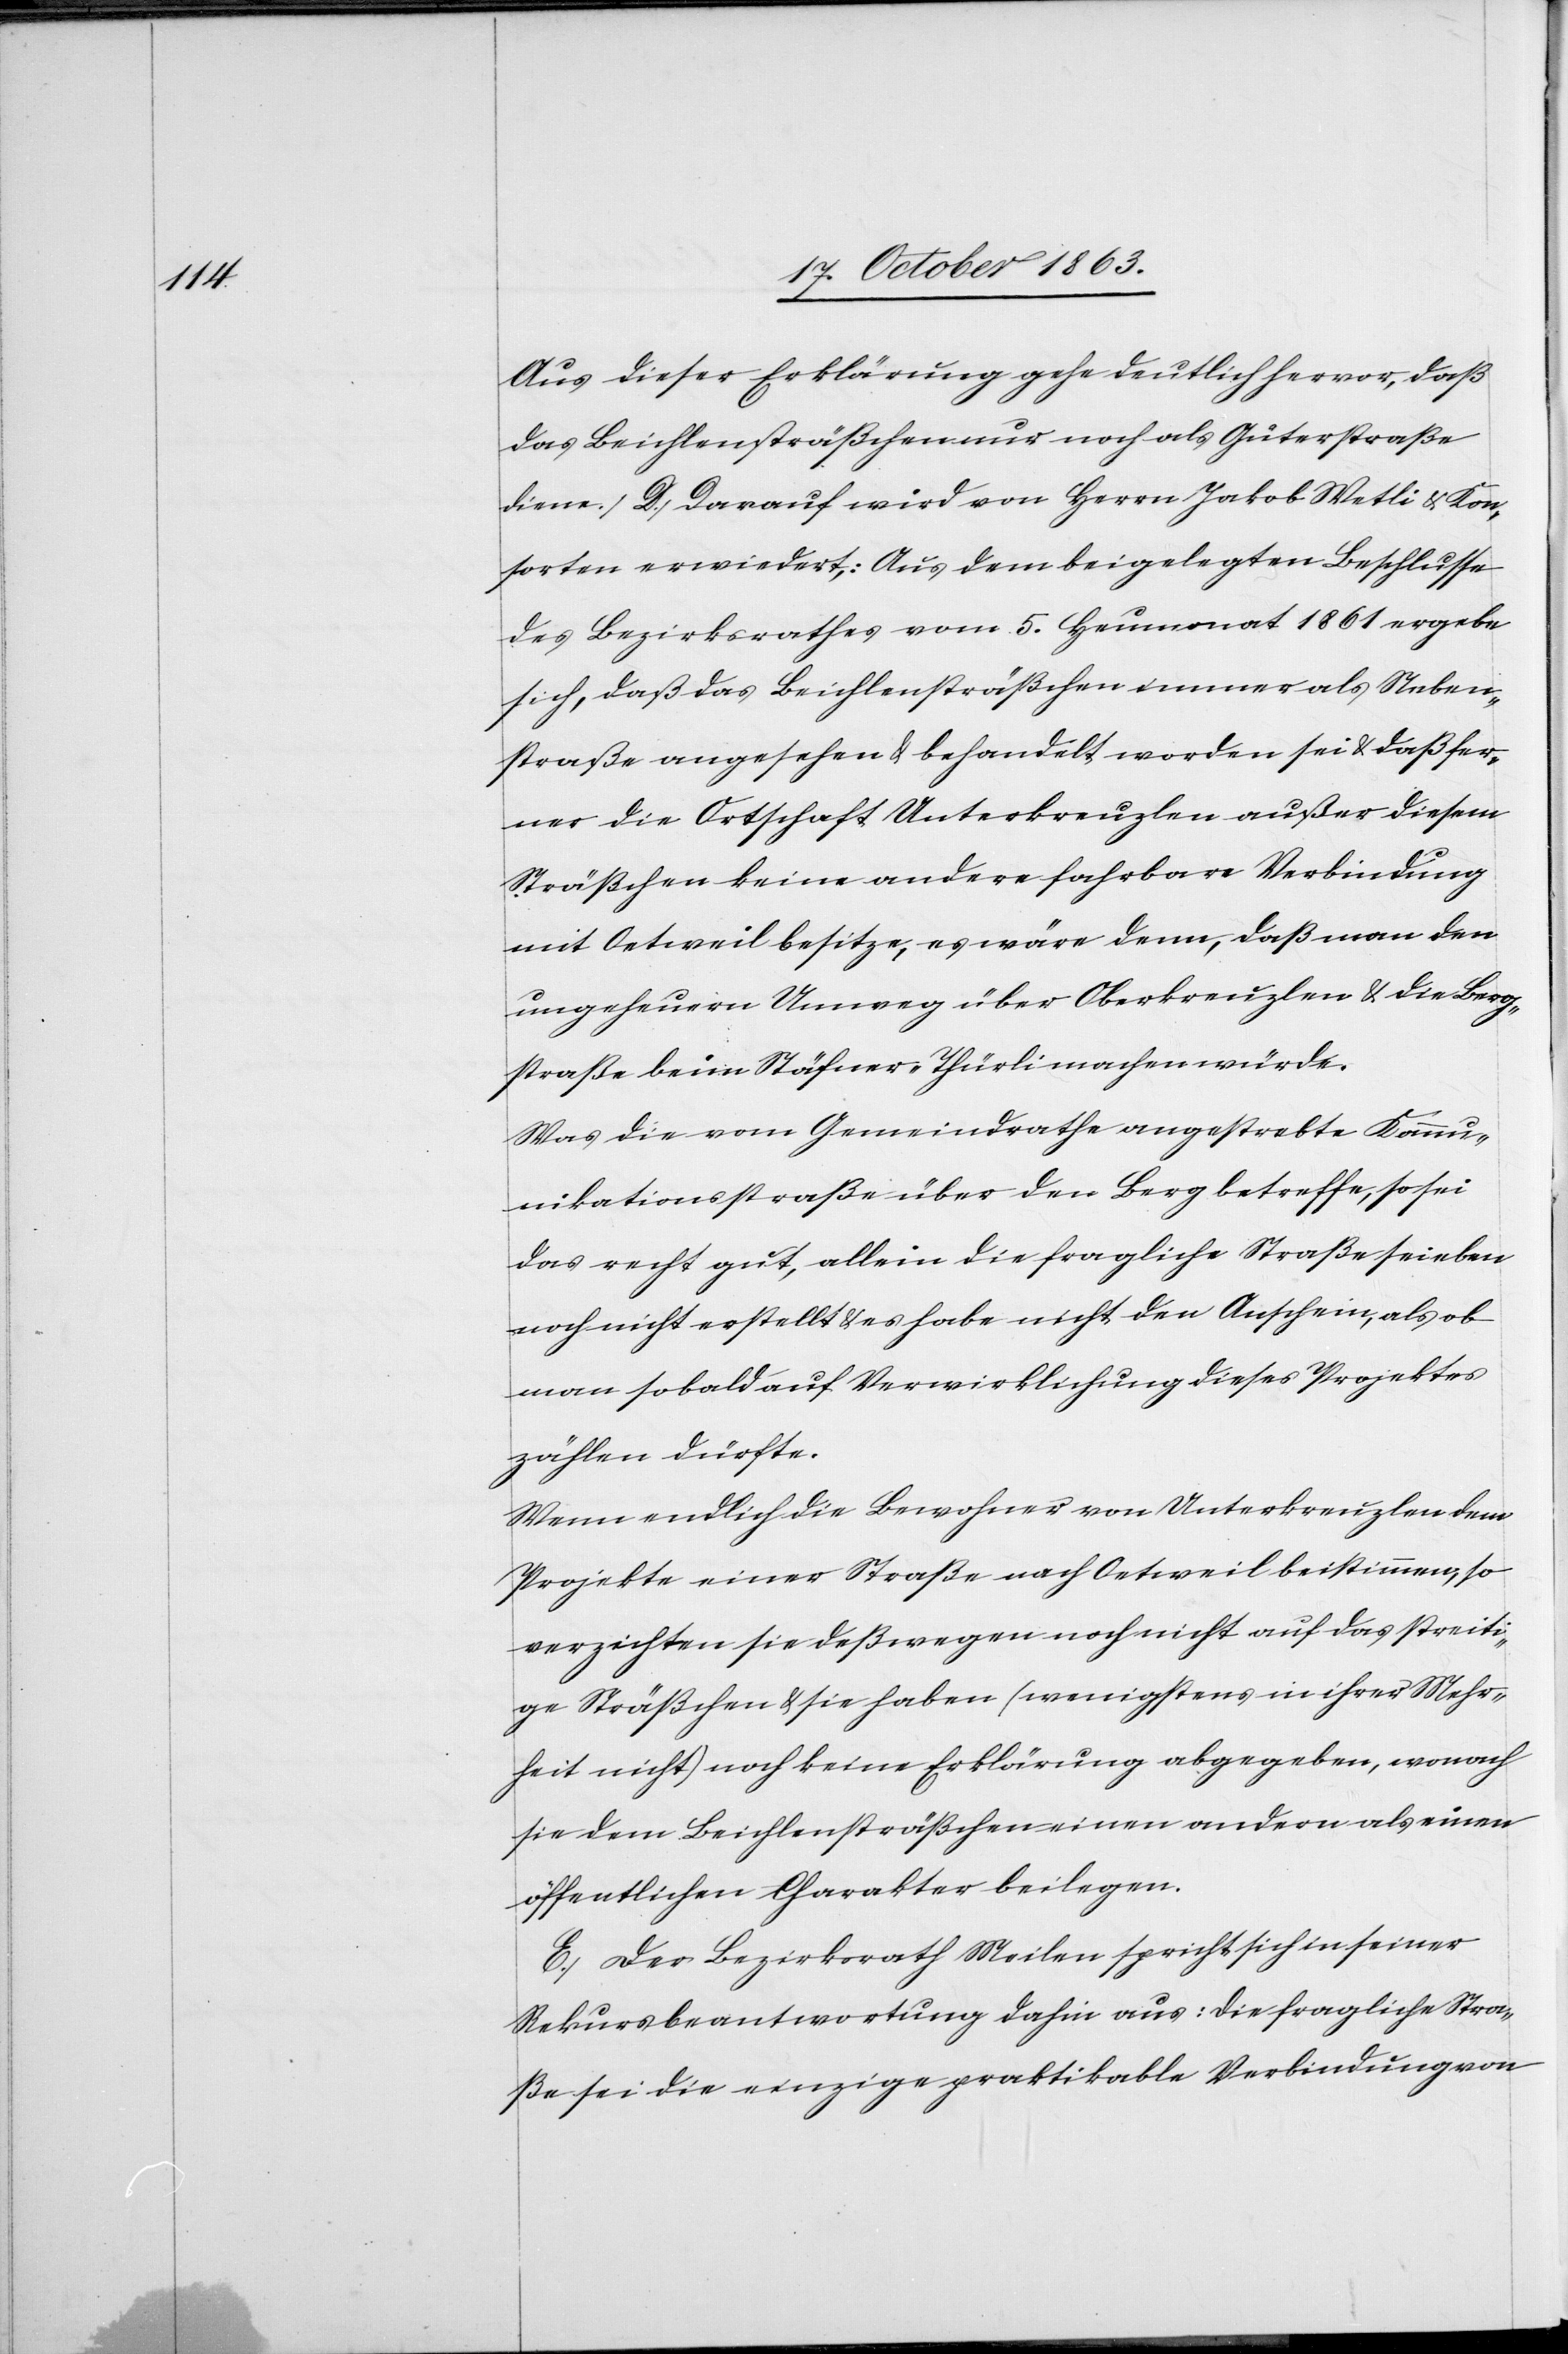
Aus dieser Erklärung gehe deutlich hervor, daß
das Beichlensträßchen nur noch als Güterstraße
D. Darauf wird von Herrn Jakob Wetli & Kon¬
sorten erwiedert: Aus dem beigelegten Beschlusse
des Bezirksrathes vom 5. Heumonat 1861 ergebe
sich, daß das Beichlensträßchen immer als Neben¬
straße angesehen & behandelt worden sei & daß fer¬
ner die Ortschaft Unterkreuzlen außer diesem
Sträßchen keine andere fahrbare Verbindung
mit Oetweil besitze, es wäre denn, daß man den
ungeheuern Umweg über Oberkreuzlen & die Berg¬
straße beim Stäfner-Thürli machen würde.
Was die vom Gemeindrathe angestrebte Kommu¬
nikationsstraße über den Berg betreffe, so sei
das recht gut, allein die fragliche Straße sei eben
noch nicht erstellt & es habe nicht den Anschein, als ob
man sobald auf Verwirklichung dieses Projektes
zählen dürfte.
Wenn endlich die Bewohner von Unterkreuzlen dem
Projekte einer Straße nach Oetweil beistimmen, so
verzichten sie deßwegen noch nicht auf das streiti¬
ge Sträßchen & sie haben (wenigstens in ihrer Mehr¬
heit nicht) noch keine Erklärung abgegeben, wonach
sie dem Beichlensträßchen einen andern als einen
öffentlichen Charakter beilegen.
E. Der Bezirksrath Meilen spricht sich in seiner
Rekursbeantwortung dahin aus: Die fragliche Stra¬
ße sei die einzige praktikable Verbindung von